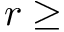
r \ge